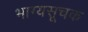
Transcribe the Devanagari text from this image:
भाग्यसूचक